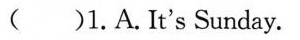
()1. A. It's Sunday.